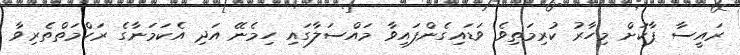
ރައީސާ ޕާކަށް މިހާރު ކުރިމަތިވެ ވަޑައިގެންފައިވާ މައްސަލާގައި ހިމެނޭ އަދި އެކަމަނާގެ ރަހްމަތްތެރިވާ